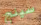
سينج